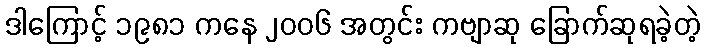
ဒါကြောင့် ၁၉၈၁ ကနေ ၂၀၀၆ အတွင်း ကဗျာဆု ခြောက်ဆုရခဲ့တဲ့